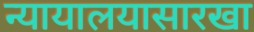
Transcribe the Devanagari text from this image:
न्यायालयासारखा